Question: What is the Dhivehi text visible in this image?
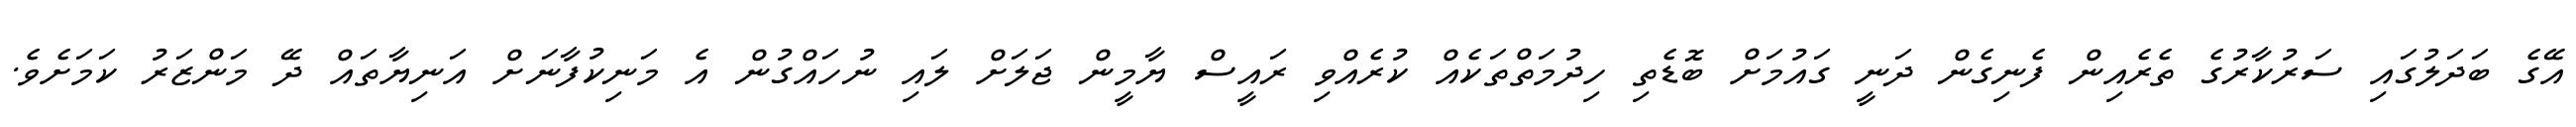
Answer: އޭގެ ބަދަލުގައި ސަރުކާރުގެ ތެރެއިން ފެނިގެން ދަނީ ގައުމަށް ބޮޑެތި ހިދުމަތްތަކެއް ކުރެއްވި ރައީސް ޔާމީން ޖަލަށް ލައި ނުހައްގުން އެ މަނިކުފާނަށް އަނިޔާތައް ދޭ މަންޒަރު ކަމަށެވެ.